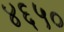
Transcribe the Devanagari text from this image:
४६५०